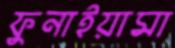
ফুনাইয়ামা